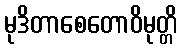
မုဒိတာစေတောဝိမုတ္တိ